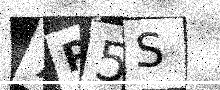
Text: 7P5S